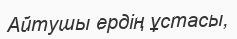
Айтушы ердің ұстасы,